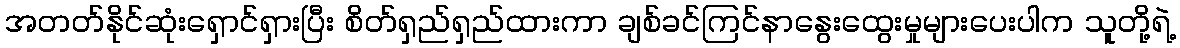
အတတ်နိုင်ဆုံးရှောင်ရှားပြီး စိတ်ရှည်ရှည်ထားကာ ချစ်ခင်ကြင်နာနွေးထွေးမှုများပေးပါက သူတို့ရဲ့